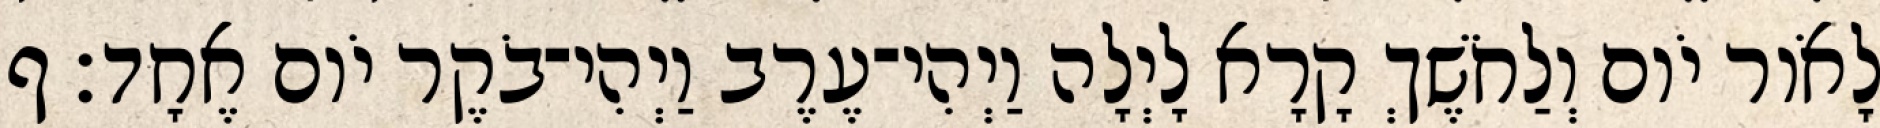
לָאֹור יֹום וְלַחֹשֶׁךְ קָרָא לָיְלָה וַיְהִי־עֶרֶב וַיְהִי־בֹקֶר יֹום אֶחָד׃ ף